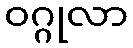
ဝဂ္ဂုလာ